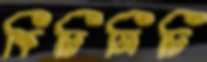
কিচিমিচি